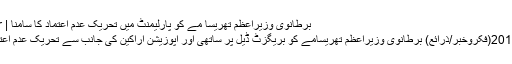
برطانوی وزیراعظم تھریسا مے کو پارلیمنٹ میں تحریکِ عدم اعتماد کا سامنا | FikroKhabar
لندن:12ڈسمبر2018(فکروخبر/ذرائع) برطانوی وزیراعظم تھریسامے کو بریگزٹ ڈیل پر ساتھی اور اپوزیشن اراکین کی جانب سے تحریکِ عدم اعتماد کا سامنا ہے۔